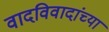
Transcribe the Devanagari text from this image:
वादविवादांच्या